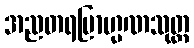
အညတရဗြာဟ္မဏသုတ္တ